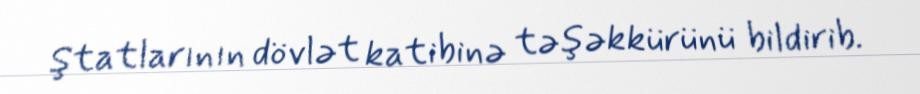
Ştatlarının dövlət katibinə təşəkkürünü bildirib.